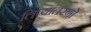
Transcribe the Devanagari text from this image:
लिप्यांतरणों